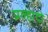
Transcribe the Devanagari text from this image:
प्रल्हादो